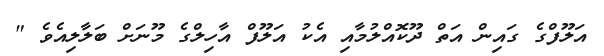
އަލޫފްގެ ގައިން އަތް ދޫކޮއްލުމާއި އެކު އަލޫފް އާހިލްގެ މޫނަށް ބަލާލިއެވެ "